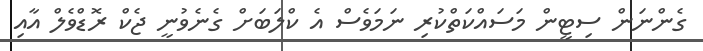
ގެންނަން ސިޓީން މަސައްކަތްކުރި ނަމަވެސް އެ ކްލަބަށް ގެނެވުނީ ޖެކް ރޮޑްވެލް އާއި